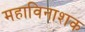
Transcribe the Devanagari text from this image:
महाविनाशक